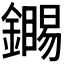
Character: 𬬏